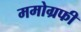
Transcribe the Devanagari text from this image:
ममोग्रफी